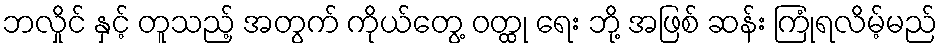
ဘလှိုင် နှင့် တူသည့် အတွက် ကိုယ်တွေ့ ဝတ္ထု ရေး ဘို့ အဖြစ် ဆန်း ကြုံရလိမ့်မည်